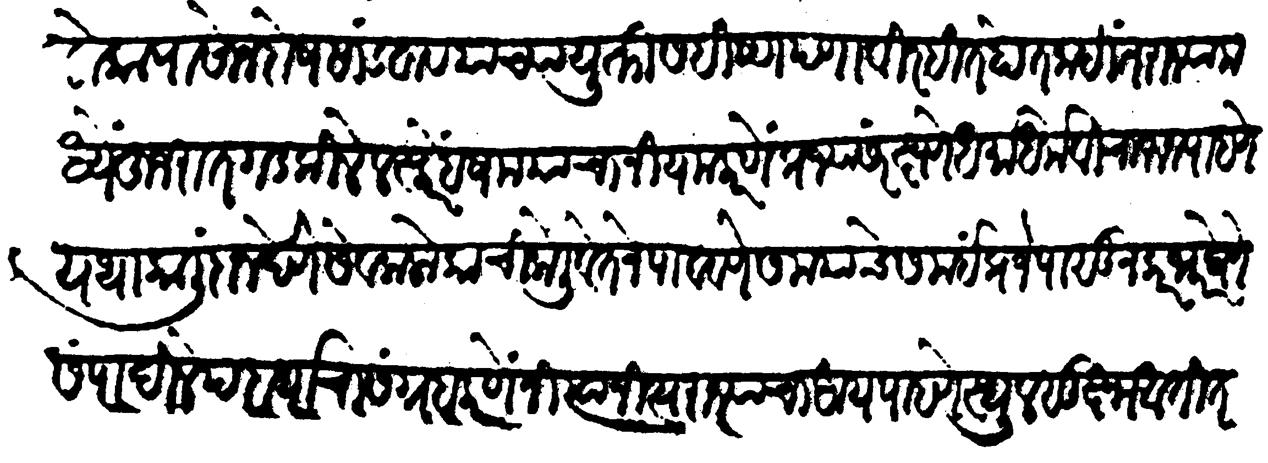
Transliteration (Devanagari): लोकांपासोन दोष सांडवावयाच्या युक्ति सहिष्णपणा विरहित होत नाहींत राज्या मध्यें हुजरात गड किल्ले लस्कर हशम यांचा नियम करणें प्रजा संरक्षणें धर्माधर्म विचारून पाहणें यथाकाली दान देणे सेवक लोकांची केली वतने पाववणे समयाचे समई प्रजे पासून करमार घेणे संपादिले पदार्थांचा संग्रह करणें नित्य नित्य राज्याचा आय पाहणें स्थूल सूक्ष्म आतीत